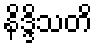
နိဒ္ဒိသတိ